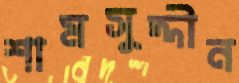
শামসুদ্দীন